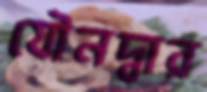
যৌনদ্বার